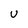
Character: U